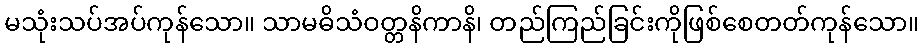
မသုံးသပ်အပ်ကုန်သော။ သာမဓိသံဝတ္တနိကာနိ၊ တည်ကြည်ခြင်းကိုဖြစ်စေတတ်ကုန်သော။